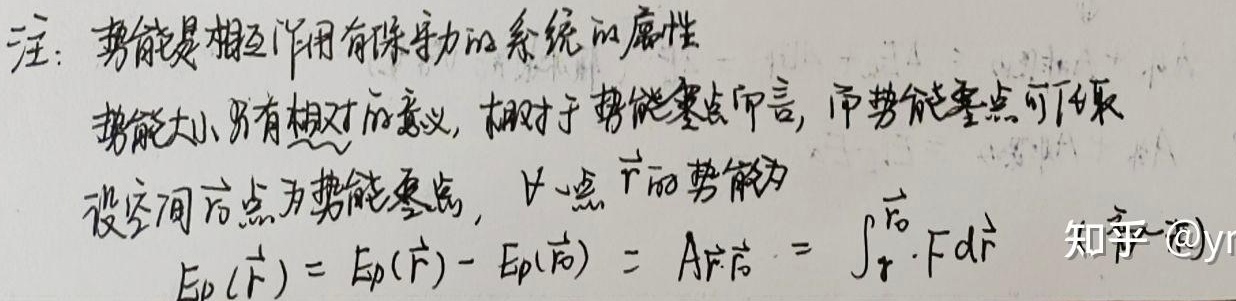
注：势能是相互作用有保守力的系统的属性。势能大小只有相对的意义，相对于势能零点而言，而势能零点可以取设空间某点为势能零点，该点$\vec{r}$的势能为
\[E_p(\vec{r}) = E_p(\vec{r}) - E_p(\vec{r}_0)= A_{\vec{r}\vec{r}_0}=\int_{\vec{r}}^{\vec{r}_0} \vec{F}\cdot d\vec{r}\]
知乎@yr